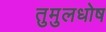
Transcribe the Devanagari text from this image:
तुमुलधोष